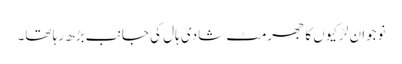
نوجوان لڑکیوں کا جھرمٹ شادی ہال کی جانب بڑھ رہا تھا۔